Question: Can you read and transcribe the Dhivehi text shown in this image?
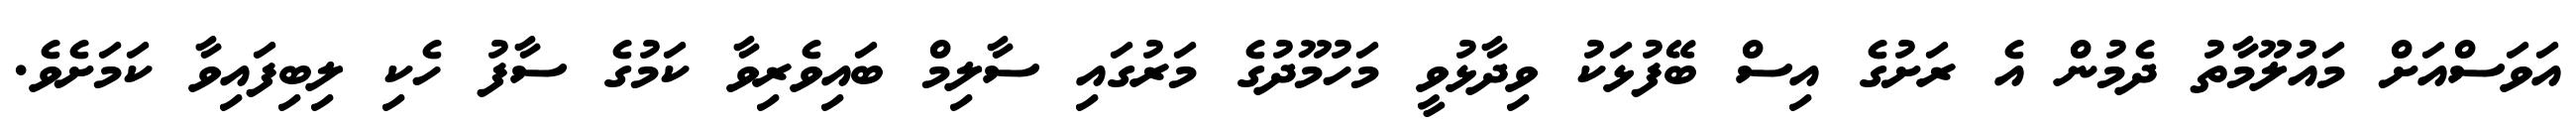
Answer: އަވަސްއަށް މައުލޫމާތު ދެމުން އެ ރަށުގެ އިސް ބޭފުޅަކު ވިދާޅުވީ މަހުމޫދުގެ މަރުގައި ސާލިމް ބައިވެރިވާ ކަމުގެ ސާފު ހެކި ލިބިފައިވާ ކަމަށެވެ.